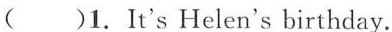
( )1. It's Helen's birthday.